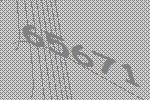
65671